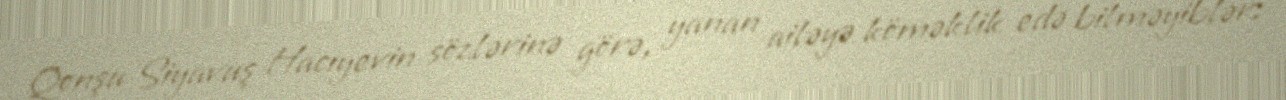
Qonşu Siyavuş Hacıyevin sözlərinə görə, yanan ailəyə köməklik edə bilməyiblər: